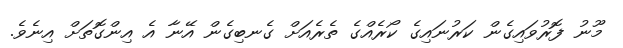
މޫނު ފޮރުވައިގެން ކަރުނައިގެ ކޯރެއްގެ ތެރެއަށް ގެނބިގެން އޭނާ އެ އިންގޮތަށް އިނެވެ.